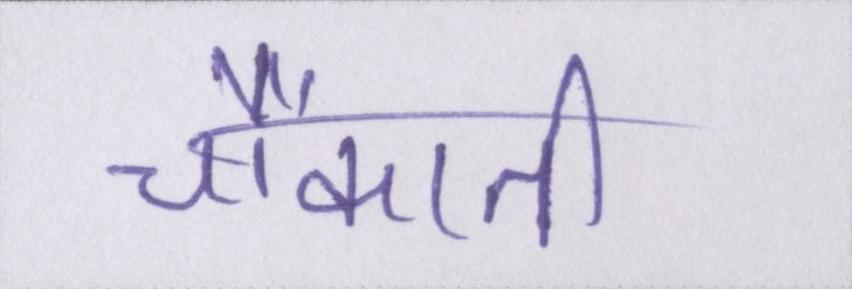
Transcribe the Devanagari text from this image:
चौंकाती